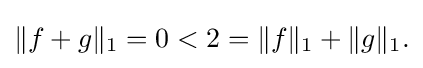
{\textstyle \|f+g\|_{1}=0<2=\|f\|_{1}+\|g\|_{1}.}